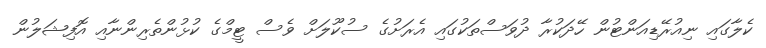
ކެލާގައި ނިއުރޭޑިއަންޓުން ހޭދަކުރާ ދުވަސްތަކުގައި އެރަށުގެ ސުކޫލަށް ވެސް ޓީމްގެ ކުޅުންތެރިންނާއި އޮފިޝަލުން